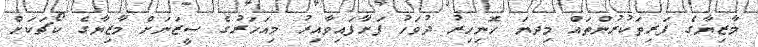
މާޒިޔާގެ ފަރިތަކުރުންތައް މިދޔަ ހޮނިހިރު ދުވަހު ފަށާފައިވާއިރު މިއަހަރުގެ ސީޒަނަށް މާޒިޔާގެ ކޯޗަކަށް